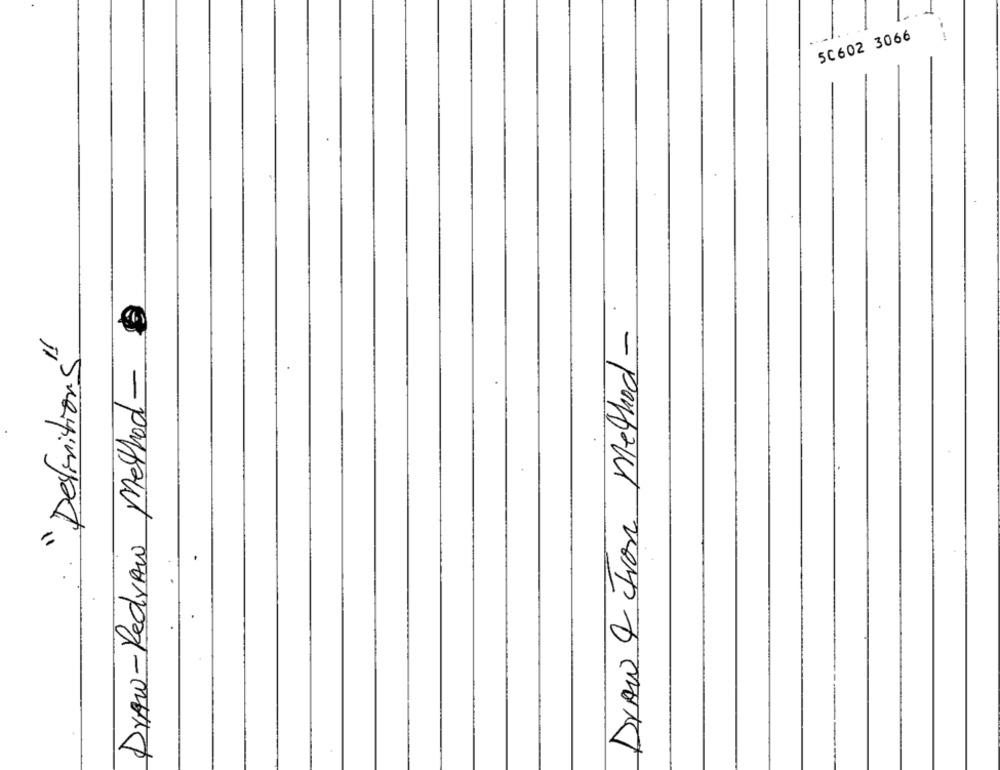
50602 3066
Draw-Redraw Method-0
Draw & Iron method-
"Definitions"